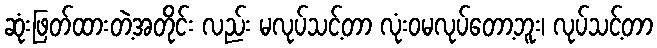
ဆုံးဖြတ်ထားတဲ့အတိုင်း လည်း မလုပ်သင့်တာ လုံးဝမလုပ်တော့ဘူး၊ လုပ်သင့်တာ